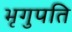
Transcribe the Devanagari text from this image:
भृगुपति